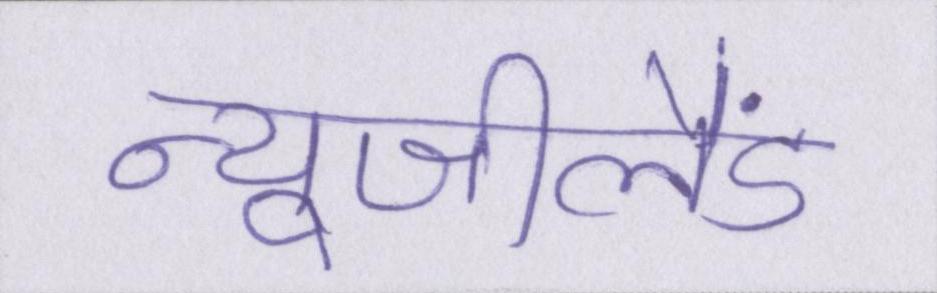
न्यूजीलैंड